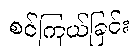
စင်ကြယ်ခြင်း